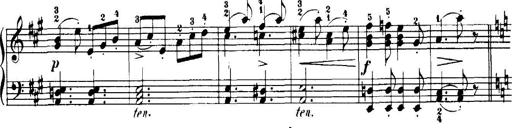
Title: 7 Sonatinas
Composer: Anton Diabelli